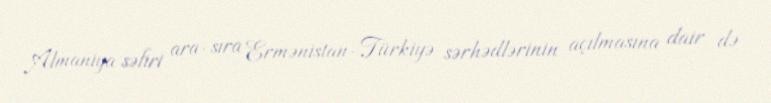
Almaniya səfiri ara-sıra Ermənistan-Türkiyə sərhədlərinin açılmasına dair də